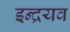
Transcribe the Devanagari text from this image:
इन्द्रयव